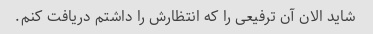
شاید الان آن ترفیعی را که انتظارش را داشتم دریافت کنم.